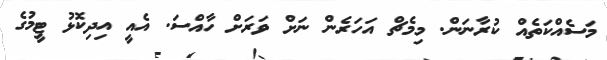
މަސެއްކަތެއް ކުރާނަން. މިމެޗް އަހަރެން ނަށް ވަރަށް ހާއްސަ. އެއީ އިދިކޮޅު ޓީމުގެ